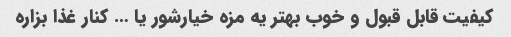
کیفیت قابل قبول و خوب بهتر یه مزه خیارشور یا … کنار غذا بزاره